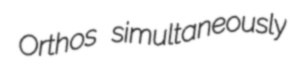
Orthos simultaneously